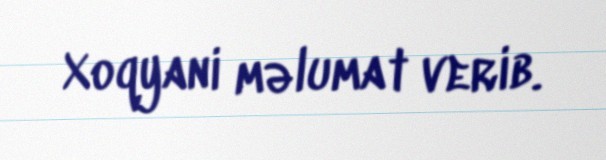
Xoqyani məlumat verib.